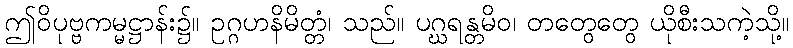
ဤဝိပုဗ္ဗကမ္မဋ္ဌာန်း၌။ ဥဂ္ဂဟနိမိတ္တံ၊ သည်။ ပဂ္ဃရန္တမိဝ၊ တတွေတွေ ယိုစီးသကဲ့သို့။